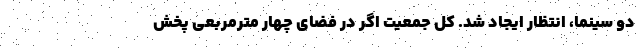
دو سینما، انتظار ایجاد شد. کل جمعیت اگر در فضای چهار مترمربعی پخش